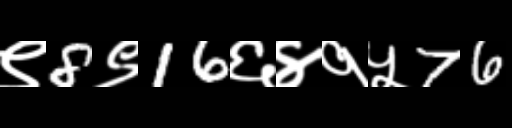
Text: ९8९16६४१५76